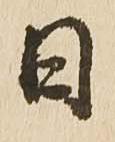
日